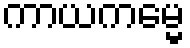
ကာယကမ္မေ